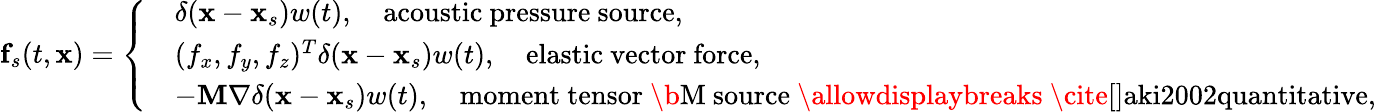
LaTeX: \mathbf{f}_{s}(t,\mathbf{x})=\left\{ \begin{array}{ll}&{\delta(\mathbf{x}-\mathbf{x}_{s})w(t),\quad\mathrm{acoustic~pressure~source},}\\ &{(f_{x},f_{y},f_{z})^{T}\delta(\mathbf{x}-\mathbf{x}_{s})w(t),\quad\mathrm{elastic~vector~force},}\\ &{-\mathbf{M}\nabla\delta(\mathbf{x}-\mathbf{x}_{s})w(t),\quad\mathrm{moment~tensor~\b{M}~source~\allowdisplaybreaks~\cite[]{aki2002quantitative}},}\end{array}\right.